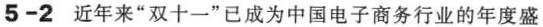
5-2近年来”双十一”已成为中国电子商务行业的年度盛